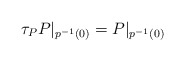
\begin{align*}\tau_{P} P|_{p^{-1}(0)}=P|_{p^{-1}(0)}\end{align*}